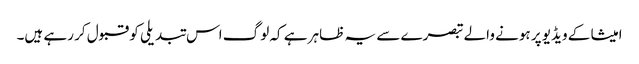
امیشا کے ویڈیو پر ہونے والے تبصرے سے یہ ظاہر ہے کہ لوگ اس تبدیلی کو قبول کر رہے ہیں۔